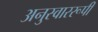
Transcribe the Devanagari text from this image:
अनुस्वाररूपी